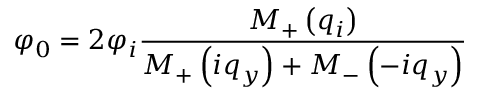
\varphi _ { 0 } = 2 { { \varphi } _ { i } } \frac { { { M } _ { + } } \left( { { q } _ { i } } \right) } { { { M } _ { + } } \left( i { { q } _ { y } } \right) + { { M } _ { - } } \left( - i { { q } _ { y } } \right) }